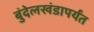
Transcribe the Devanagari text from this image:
बुंदेलखंडापर्यंत